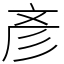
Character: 彥